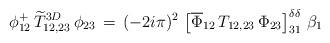
LaTeX: \begin{align*}\phi_{12}^+\,\widetilde T^{3D}_{12,23}\,\phi_{23}\,=\,(-2i\pi)^2\,\left[\overline\Phi_{12}\,T_{12,23}\,\Phi_{23}\right]^{\delta\delta}_{31}\,\beta_1\end{align*}